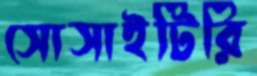
সোসাইটিরি